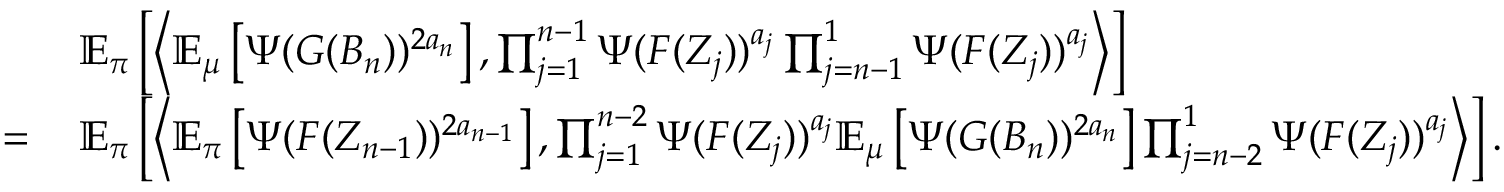
\begin{array} { r l } & { \mathbb { E } _ { \boldsymbol \pi } \left[ \left\langle \mathbb { E } _ { \boldsymbol \mu } \left[ \Psi ( G ( B _ { n } ) ) ^ { 2 a _ { n } } \right] , \prod _ { j = 1 } ^ { n - 1 } \Psi ( F ( Z _ { j } ) ) ^ { a _ { j } } \prod _ { j = n - 1 } ^ { 1 } \Psi ( F ( Z _ { j } ) ) ^ { a _ { j } } \right\rangle \right] } \\ { = \, } & { \mathbb { E } _ { \boldsymbol \pi } \left[ \left\langle \mathbb { E } _ { \boldsymbol \pi } \left[ \Psi ( F ( Z _ { n - 1 } ) ) ^ { 2 a _ { n - 1 } } \right] , \prod _ { j = 1 } ^ { n - 2 } \Psi ( F ( Z _ { j } ) ) ^ { a _ { j } } \mathbb { E } _ { \boldsymbol \mu } \left[ \Psi ( G ( B _ { n } ) ) ^ { 2 a _ { n } } \right] \prod _ { j = n - 2 } ^ { 1 } \Psi ( F ( Z _ { j } ) ) ^ { a _ { j } } \right\rangle \right] . } \end{array}